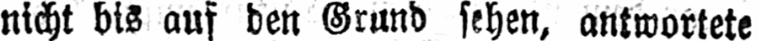
nicht bis auf den Grund sehen, antwortete